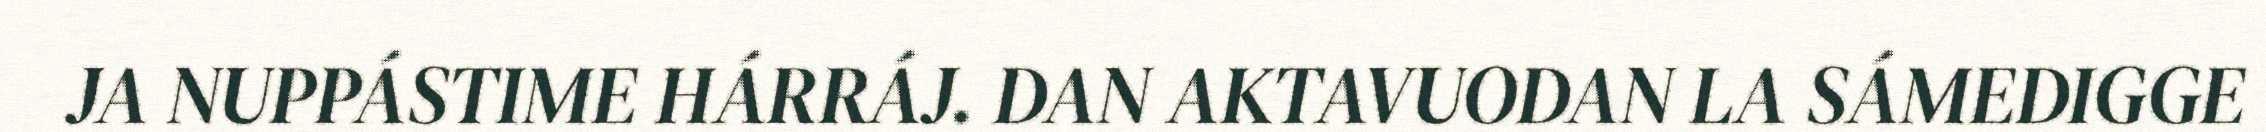
JA NUPPÁSTIME HÁRRÁJ. DAN AKTAVUODAN LA SÁMEDIGGE